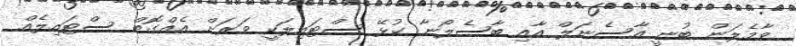
ވާމެލަން ބުނީ އާސެނަލް އާއި ބާސެލޯނާ ކުޅޭ ސްޓައިލަކީ ވަރަށް އެއްގޮތް ސްޓައިލެއް